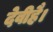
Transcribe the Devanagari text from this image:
देवीहै।